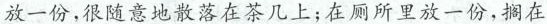
放一份，很随意地散落在茶几上；在厕所里放一份，搁在